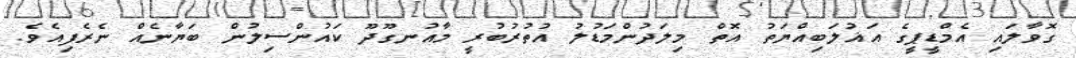
ގޮވާލައި އެމްޑީޕީގެ އަޣުލަބިއްޔަތު އޮތް މިލަދުންމަޑުލު އުތުރުބުރީ މާއުނގޫދޫ ކައުންސިލުން ބަޔާނެއް ނެރެފިއެވެ.